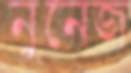
নুনেজ